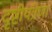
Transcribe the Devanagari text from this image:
दृष्टीयंत्रणा